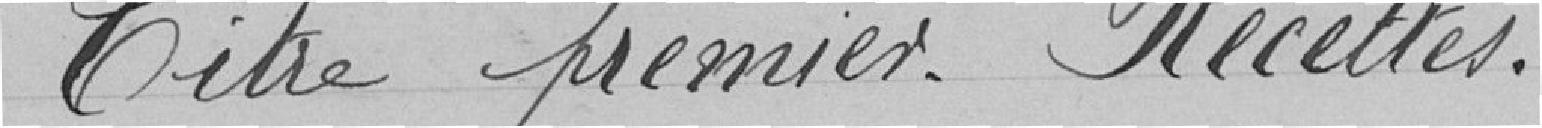
Titre premier- Recettes